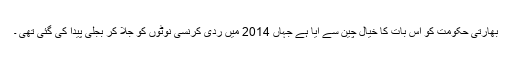
بھارتی حکومت کو اس بات کا خیال چین سے آیا ہے جہاں 2014 میں ردی کرنسی نوٹوں کو جلا کر بجلی پیدا کی گئی تھی ۔